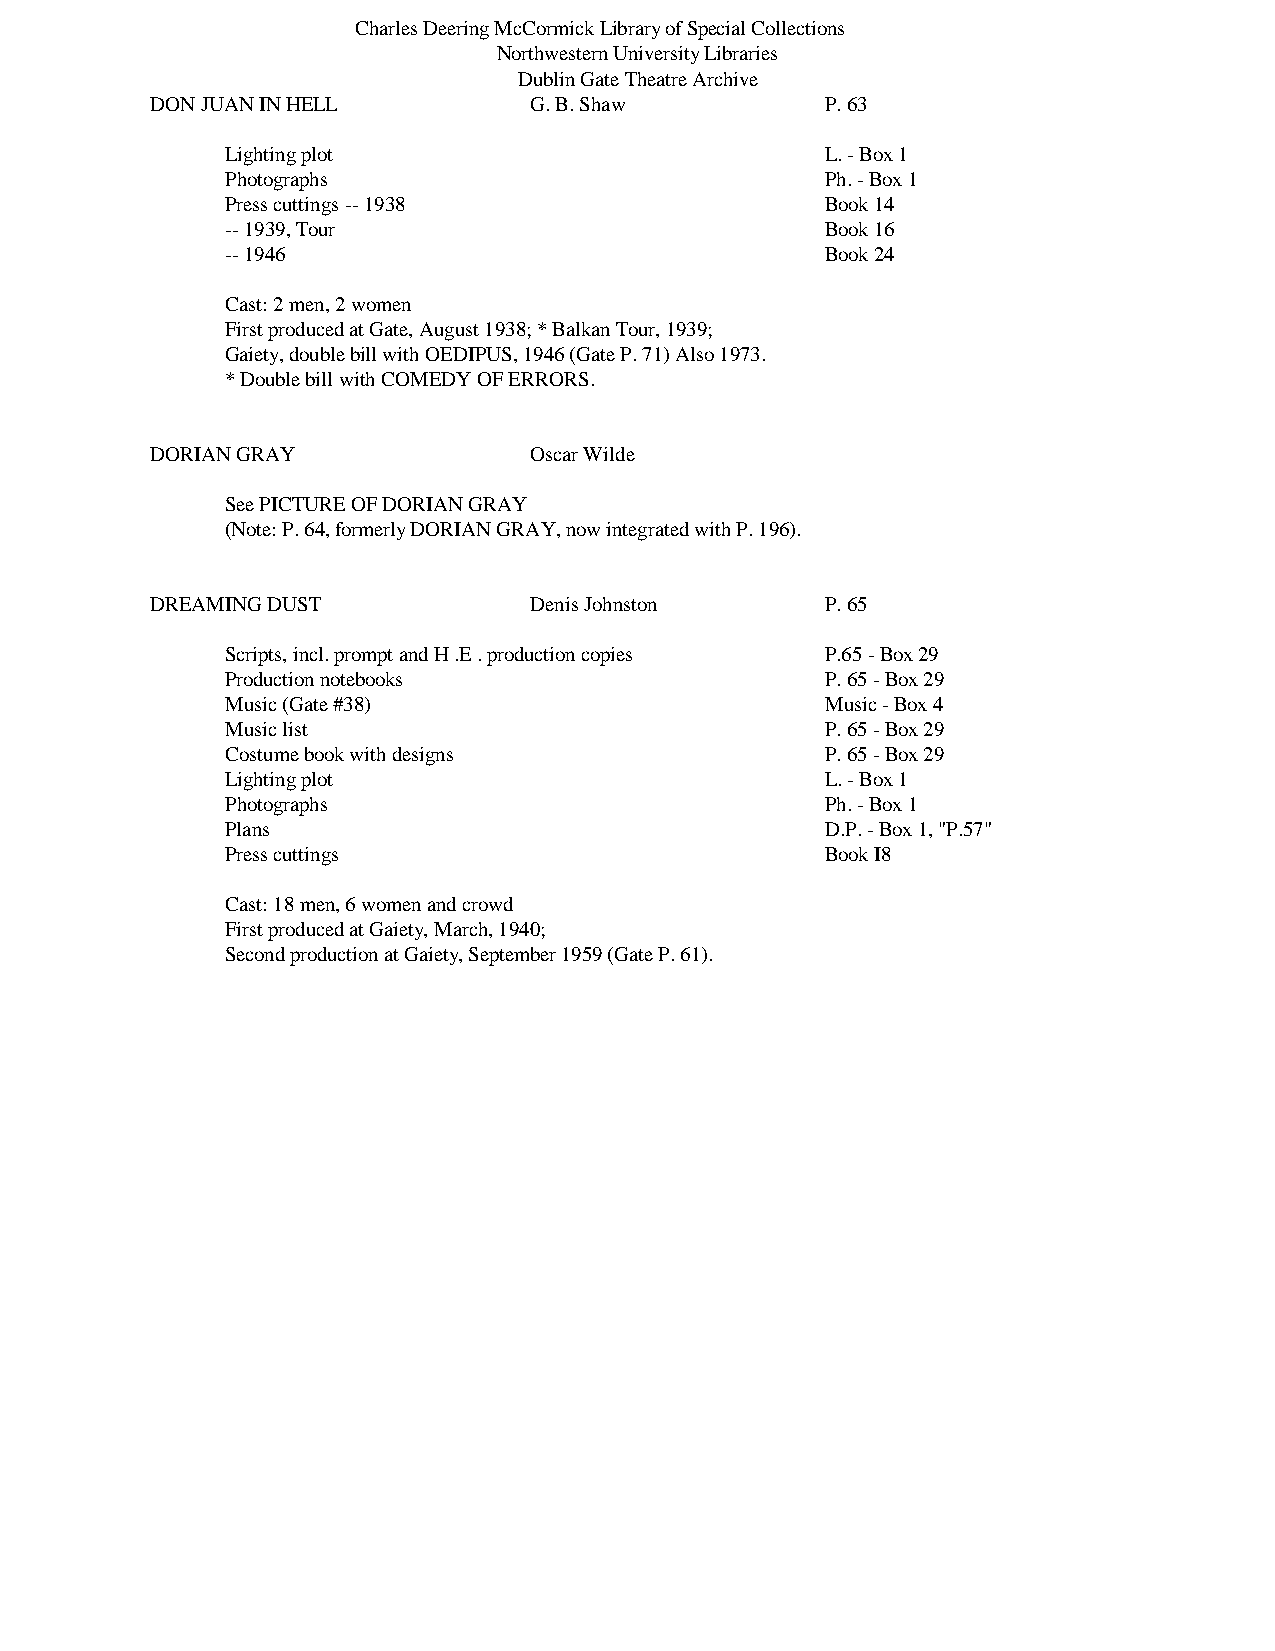
Charles Deering McCormick Library of Special Collections
 Northwestern University Libraries
 Dublin Gate Theatre Archive
 DON JUAN IN HELL         G. B. Shaw          P. 63
 Lighting plot                           L. - Box 1
 Photographs                             Ph. - Box 1
 Press cuttings -- 1938                  Book 14
 -- 1939, Tour                           Book 16
 -- 1946                                 Book 24
 Cast: 2 men, 2 women
 First produced at Gate, August 1938; * Balkan Tour, 1939;
 Gaiety, double bill with OEDIPUS, 1946 (Gate P. 71) Also 1973.
 * Double bill with COMEDY OF ERRORS.
 DORIAN GRAY              Oscar Wilde
 See PICTURE OF DORIAN GRAY
 (Note: P. 64, formerly DORIAN GRAY, now integrated with P. 196).
 DREAMING DUST            Denis Johnston      P. 65
 Scripts, incl. prompt and H .E . production copies P.65 - Box 29
 Production notebooks                    P. 65 - Box 29
 Music (Gate #38)                        Music - Box 4
 Music list                              P. 65 - Box 29
 Costume book with designs               P. 65 - Box 29
 Lighting plot                           L. - Box 1
 Photographs                             Ph. - Box 1
 Plans                                   D.P. - Box 1, "P.57"
 Press cuttings                          Book I8
 Cast: 18 men, 6 women and crowd
 First produced at Gaiety, March, 1940;
 Second production at Gaiety, September 1959 (Gate P. 61).